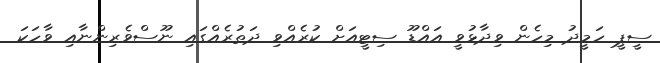
ސީޕީ ހަމީދު މިހެން ވިދާޅުވީ އައްޑޫ ސިޓީއަށް ކުރެއްވި ދަތުރެއްގައި ނޫސްވެރިންނާއި ވާހަކަ